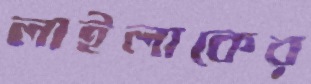
লাইলাকের